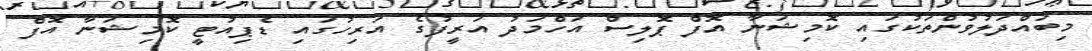
މިބައްދަލުވުންތަކުގައި ކޮމިޝަނާ އޮފް ޕޮލިސް އަހްމަދު އަރީފުގެ އަރިހުގައި ޑެޕިއުޓީ ކޮމިޝަނާ އޮފް